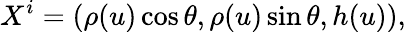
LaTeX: X^{i}=(\rho(u)\cos\theta,\rho(u)\sin\theta,h(u)),